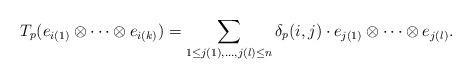
LaTeX: \begin{gather*}T_p(e_{i(1)} \otimes \dotsm \otimes e_{i(k)}) = \sum_{1 \leq j(1), \dotsc, j(l) \leq n} \delta_p(i, j) \cdot e_{j(1)} \otimes \dotsm \otimes e_{j(l)}. \end{gather*}